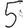
Digit: 5